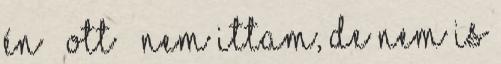
Én – ott – nem ittam, de nem is